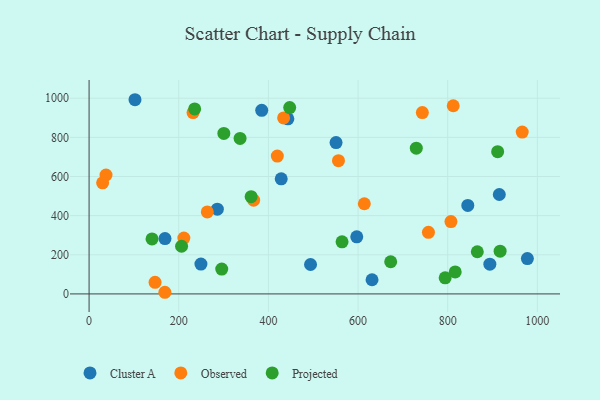
{"axis": {"x": "Investment", "y": "Salary"}, "legend": ["Cluster A", "Observed", "Projected"], "data": [{"x": "894.0", "y": 151.8, "type": "Cluster A"}, {"x": "286.1", "y": 432.9, "type": "Cluster A"}, {"x": "915.1", "y": 507.9, "type": "Cluster A"}, {"x": "550.9", "y": 773.5, "type": "Cluster A"}, {"x": "844.8", "y": 452.2, "type": "Cluster A"}, {"x": "385.1", "y": 937.8, "type": "Cluster A"}, {"x": "249.5", "y": 152.5, "type": "Cluster A"}, {"x": "631.2", "y": 72.4, "type": "Cluster A"}, {"x": "597.1", "y": 291.6, "type": "Cluster A"}, {"x": "494.0", "y": 150.2, "type": "Cluster A"}, {"x": "102.4", "y": 992.2, "type": "Cluster A"}, {"x": "977.7", "y": 180.5, "type": "Cluster A"}, {"x": "428.6", "y": 588.0, "type": "Cluster A"}, {"x": "443.4", "y": 894.5, "type": "Cluster A"}, {"x": "169.3", "y": 282.6, "type": "Cluster A"}, {"x": "807.2", "y": 369.5, "type": "Observed"}, {"x": "757.0", "y": 314.8, "type": "Observed"}, {"x": "169.1", "y": 8.4, "type": "Observed"}, {"x": "263.7", "y": 418.7, "type": "Observed"}, {"x": "367.1", "y": 479.1, "type": "Observed"}, {"x": "743.4", "y": 926.8, "type": "Observed"}, {"x": "419.9", "y": 704.3, "type": "Observed"}, {"x": "147.2", "y": 59.3, "type": "Observed"}, {"x": "231.9", "y": 926.3, "type": "Observed"}, {"x": "433.9", "y": 899.3, "type": "Observed"}, {"x": "556.3", "y": 680.8, "type": "Observed"}, {"x": "211.4", "y": 285.4, "type": "Observed"}, {"x": "614.0", "y": 460.6, "type": "Observed"}, {"x": "37.8", "y": 607.6, "type": "Observed"}, {"x": "966.2", "y": 827.0, "type": "Observed"}, {"x": "812.3", "y": 961.5, "type": "Observed"}, {"x": "30.2", "y": 567.4, "type": "Observed"}, {"x": "794.3", "y": 82.4, "type": "Projected"}, {"x": "911.4", "y": 726.7, "type": "Projected"}, {"x": "206.3", "y": 243.5, "type": "Projected"}, {"x": "361.5", "y": 496.6, "type": "Projected"}, {"x": "672.8", "y": 164.4, "type": "Projected"}, {"x": "235.5", "y": 945.4, "type": "Projected"}, {"x": "729.9", "y": 744.4, "type": "Projected"}, {"x": "816.7", "y": 112.6, "type": "Projected"}, {"x": "336.8", "y": 794.6, "type": "Projected"}, {"x": "866.0", "y": 215.5, "type": "Projected"}, {"x": "564.3", "y": 266.4, "type": "Projected"}, {"x": "916.9", "y": 218.4, "type": "Projected"}, {"x": "140.4", "y": 281.0, "type": "Projected"}, {"x": "300.6", "y": 820.2, "type": "Projected"}, {"x": "295.9", "y": 127.0, "type": "Projected"}, {"x": "447.5", "y": 952.3, "type": "Projected"}]}